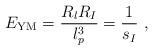
LaTeX: \begin{align*} E_{\rm YM} = \frac{R_l R_I}{l_p^3} = \frac{1}{s_I} \ ,\end{align*}